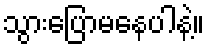
သွားပြောမနေပါနဲ့။